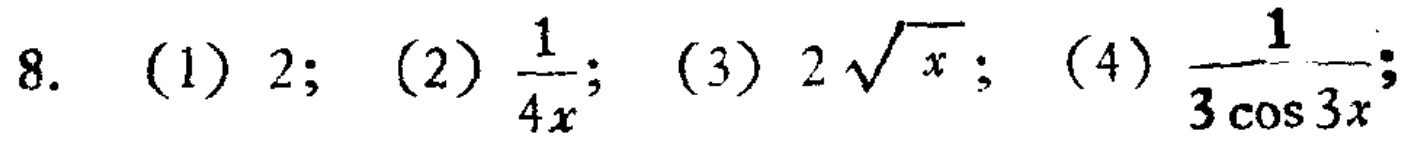
8. (1) \(2\); (2) \(\frac{1}{4x}\); (3) \(2\sqrt{x}\); (4) \(\frac{1}{3\cos 3x}\);